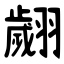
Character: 翽